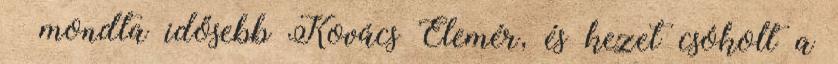
– mondta idősebb Kovács Elemér, és kezet csókolt a